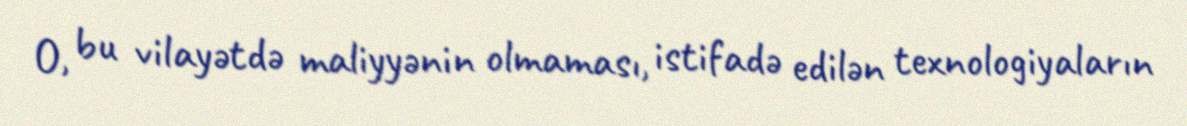
O, bu vilayətdə maliyyənin olmaması, istifadə edilən texnologiyaların